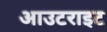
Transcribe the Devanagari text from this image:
आउटराइट